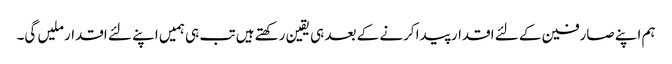
ہم اپنے صارفین کے لئے اقدار پیدا کرنے کے بعد ہی یقین رکھتے ہیں تب ہی ہمیں اپنے لئے اقدار ملیں گی۔